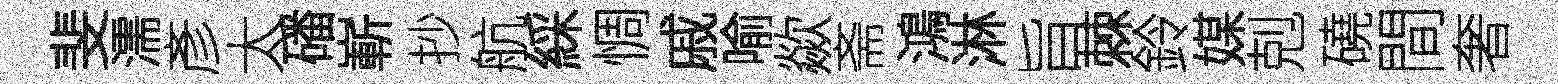
斐濡彥太磻嶄抄航綵惆戚喻歘斋鴻淋旨棘鈴媒剋磽間奢